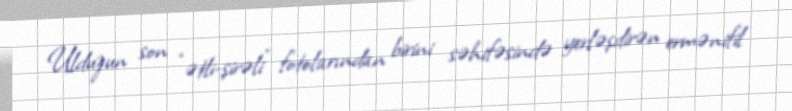
Ulduzun son “ətli-şirəli” fotolarından birini səhifəsində yerləşdirən ermənifil